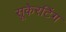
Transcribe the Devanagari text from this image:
सूकेरटिंग